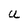
Character: U